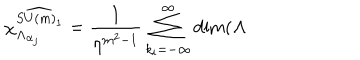
\chi _ { \mathbf { \Lambda } _ { \alpha _ { j } } } ^ { \widehat { S U ( m ) _ { 1 } } } = \frac { 1 } { \eta ^ { m ^ { 2 } - 1 } } \sum _ { k _ { i } = - \infty } ^ { \infty } \dim ( \mathbf { \Lambda }